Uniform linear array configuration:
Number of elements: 8
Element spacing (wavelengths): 0.25
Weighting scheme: binomial
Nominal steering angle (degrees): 15
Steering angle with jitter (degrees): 13.605
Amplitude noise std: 0.05
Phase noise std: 0.05

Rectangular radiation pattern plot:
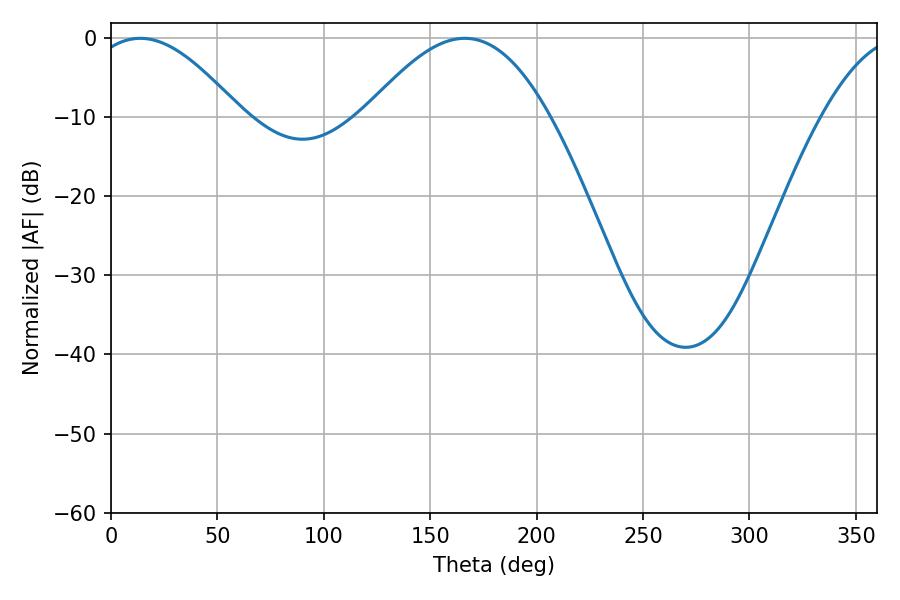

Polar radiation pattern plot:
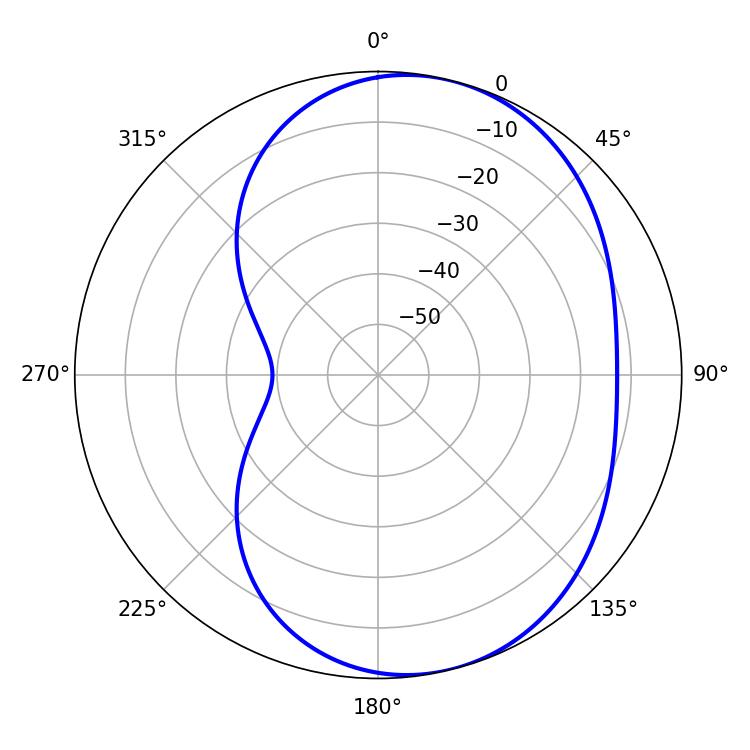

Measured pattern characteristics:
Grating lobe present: FALSE
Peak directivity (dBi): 5.945
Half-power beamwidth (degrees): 38.52
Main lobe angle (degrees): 13.68